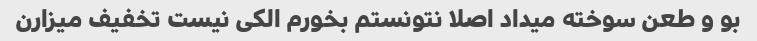
بو و طعن سوخته میداد اصلا نتونستم بخورم الکی نیست تخفیف میزارن